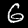
Digit: 6